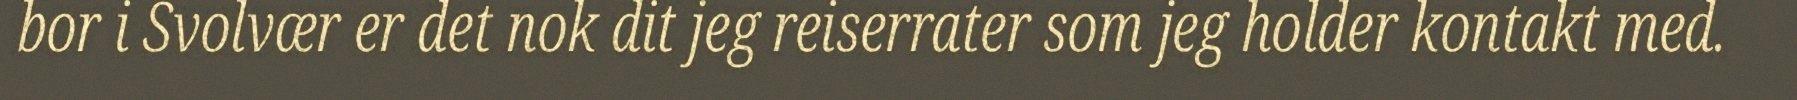
bor i Svolvær er det nok dit jeg reiserrater som jeg holder kontakt med.